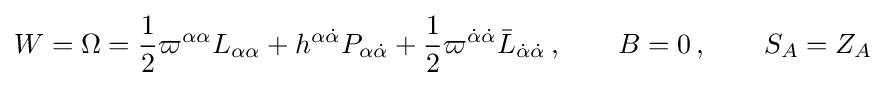
W=\Omega ={\frac {1}{2}}\varpi ^{\alpha \alpha }L_{\alpha \alpha }+h^{\alpha {\dot {\alpha }}}P_{\alpha {\dot {\alpha }}}+{\frac {1}{2}}\varpi ^{{\dot {\alpha }}{\dot {\alpha }}}{\bar {L}}_{{\dot {\alpha }}{\dot {\alpha }}}\,,\qquad B=0\,,\qquad S_{A}=Z_{A}